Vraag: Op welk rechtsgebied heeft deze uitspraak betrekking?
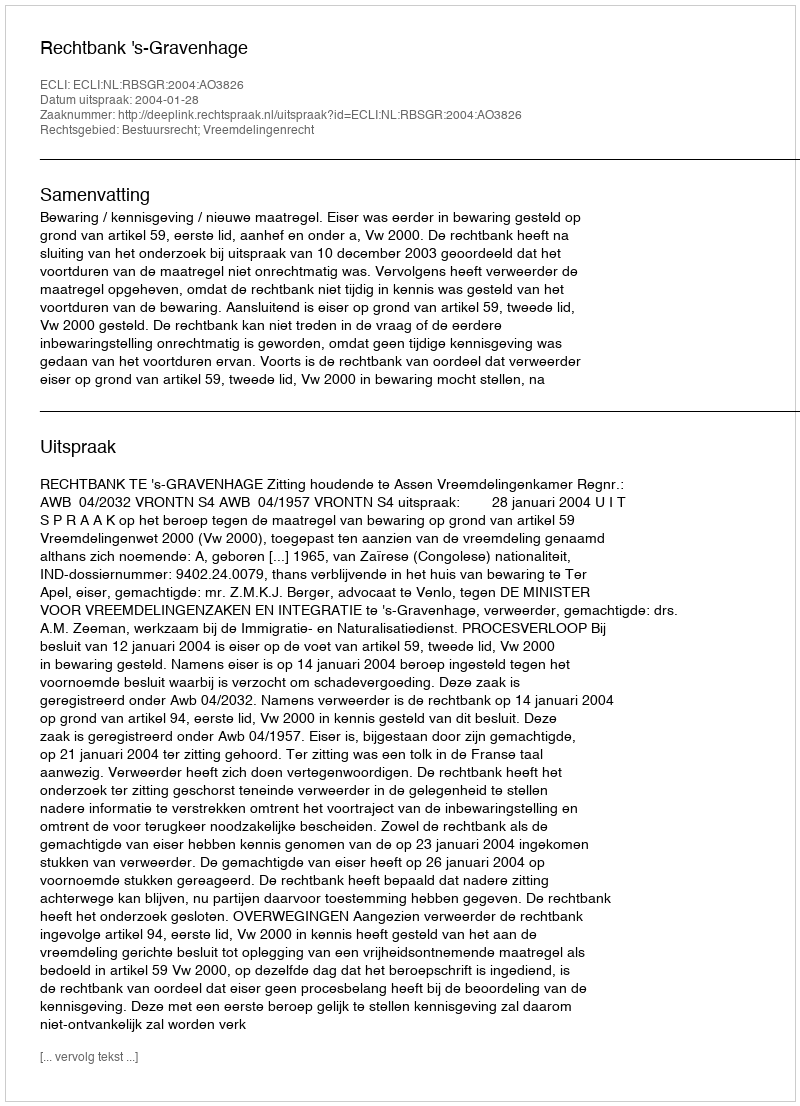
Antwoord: Bestuursrecht; Vreemdelingenrecht